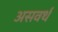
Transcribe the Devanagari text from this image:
असवर्थ